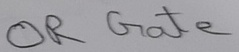
Text: OR Gate